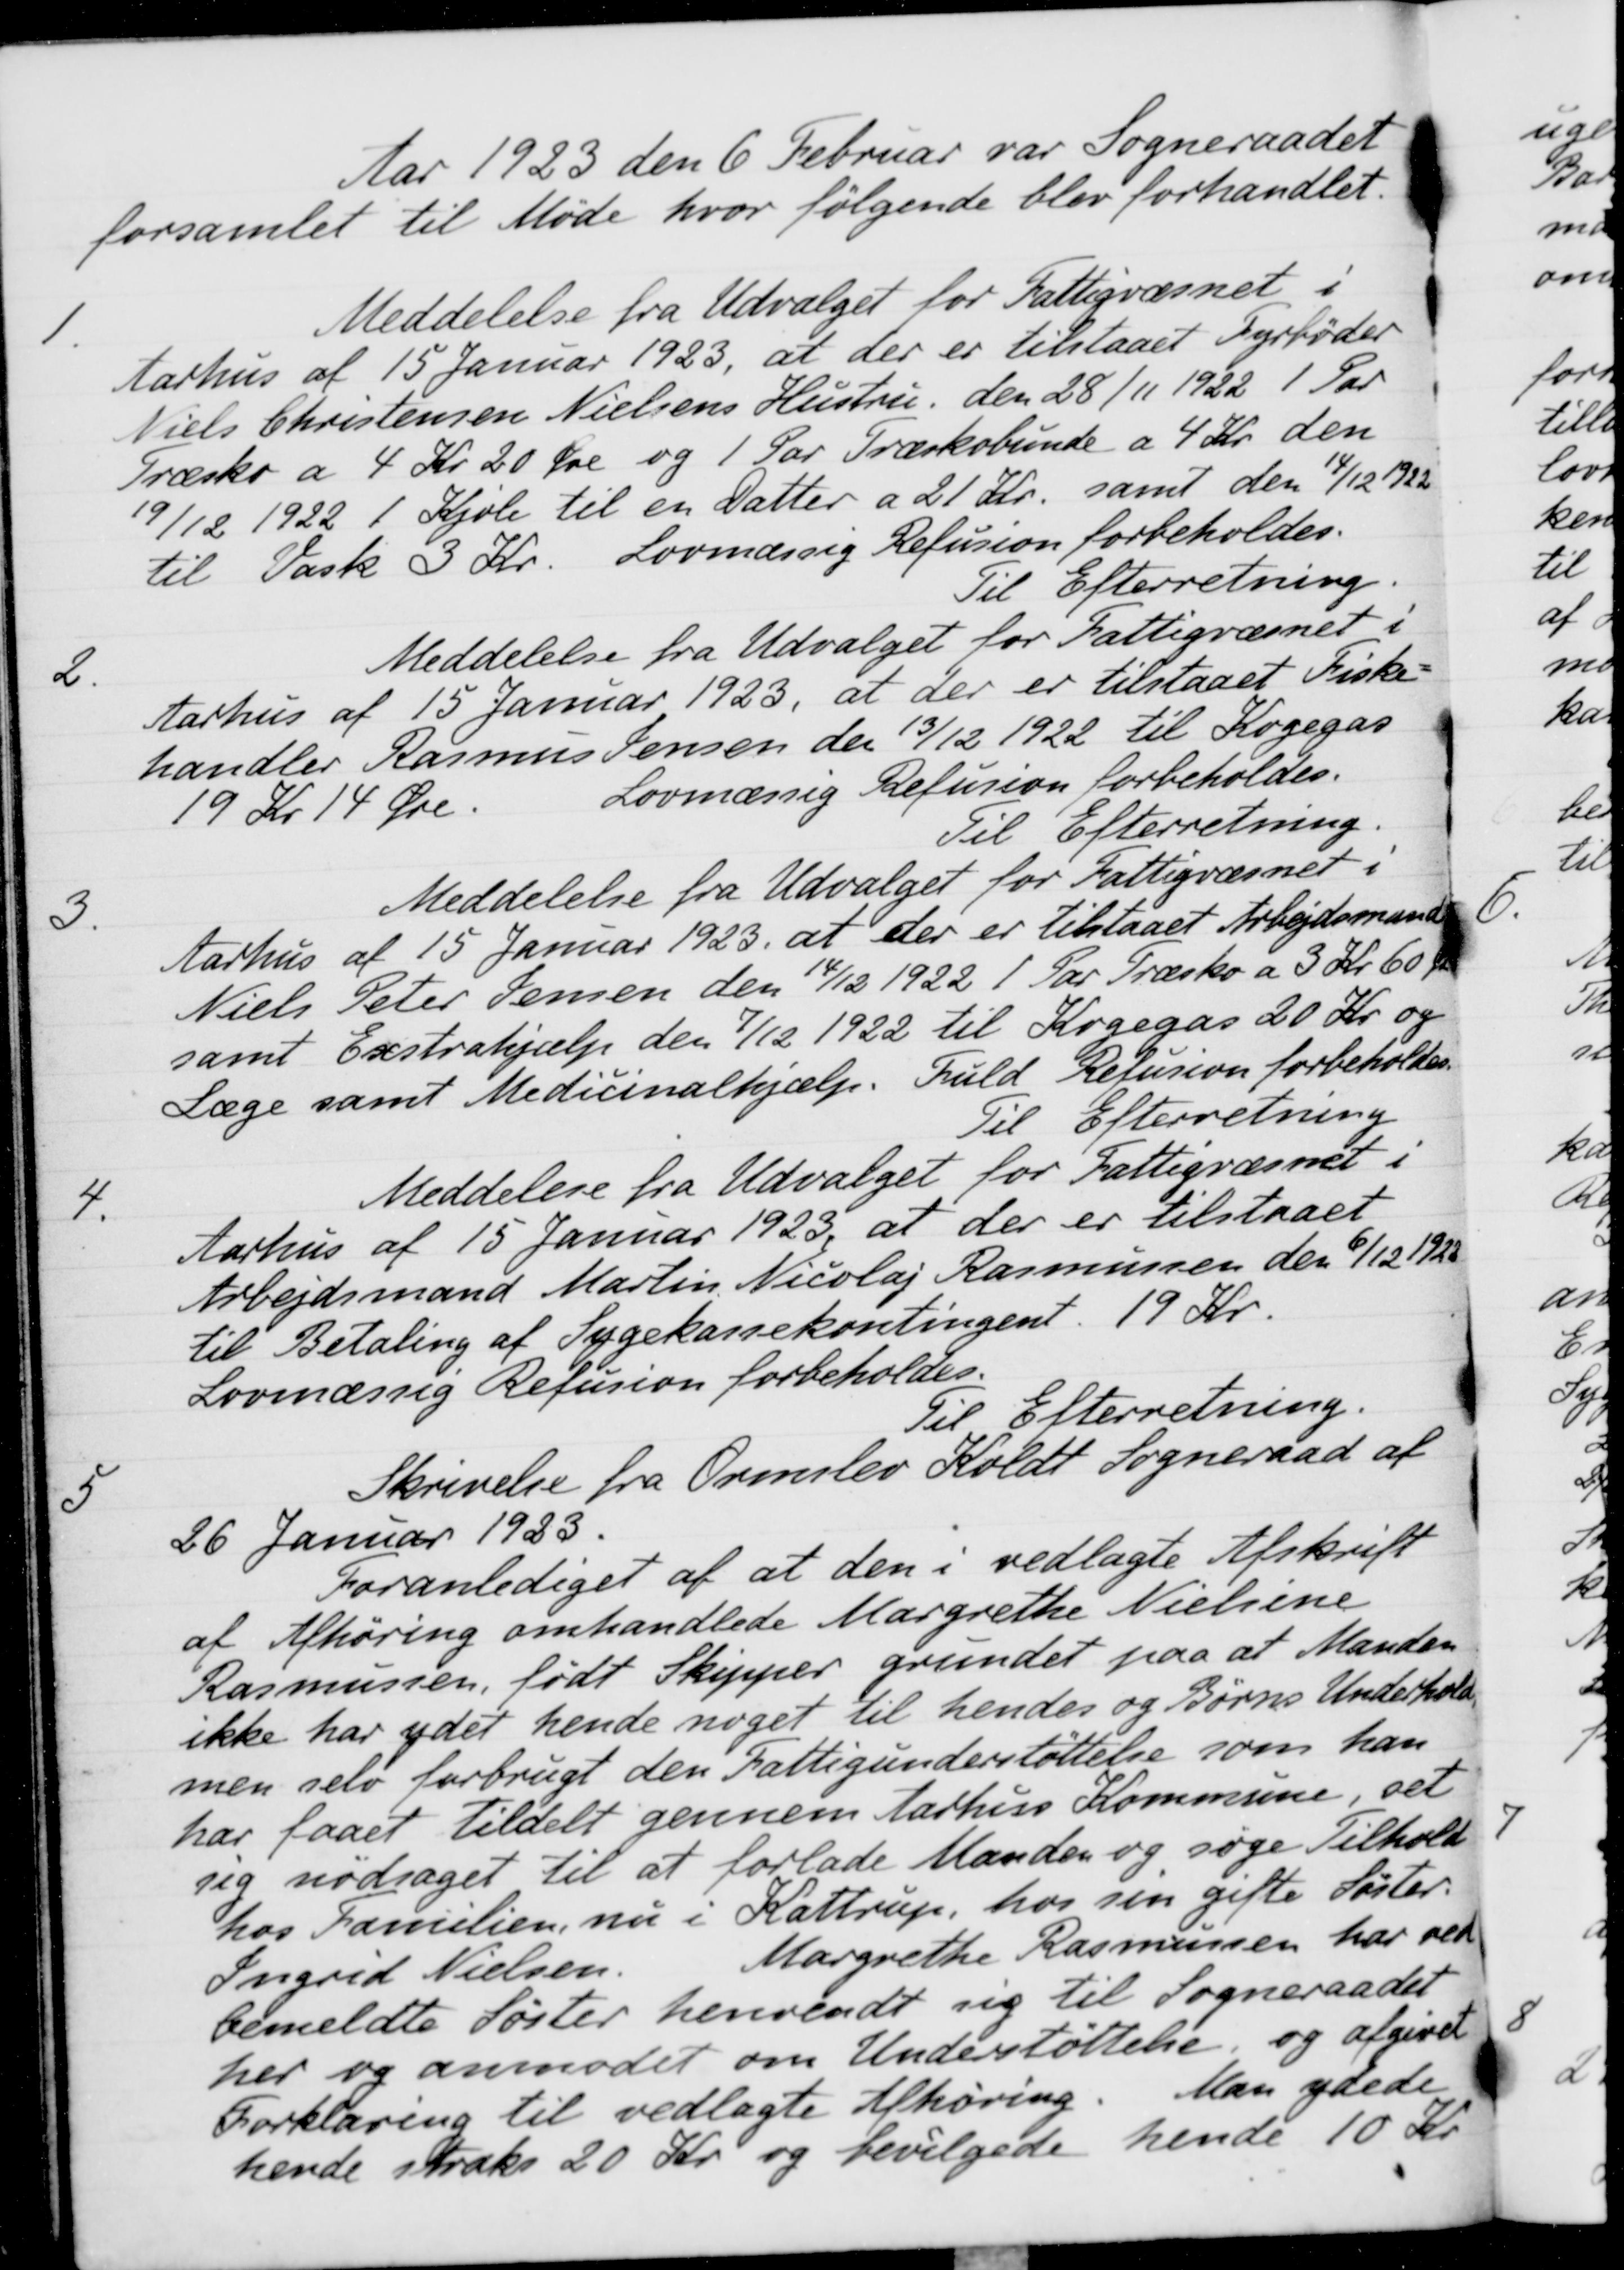
Transskription:
Aar 1923 den 6 Februar var Sogneraadet
forsamlet til Møde hvor følgende blev forhandlet.
1
Meddelelse fra Udvalget for Fattigvæsnet i
Aarhus af 15 Januar 1923, at der er tilstaaet Fyrbøder
Niels Christensen Nielsens Hustru, den 28/11 1922 1 Par
Græsko a 4 Kr. 20 Øre og 1 Par Træskobunde a 4 Kr. den
19/12 1922 1 Kjole til en Datter a 21 Kr. samt den 14/12 1922
til Vask 3 Kr. Lovmæssig Refusion forbeholdes.
Til Efterretning.
2.
Meddelelse fra Udvalget for Fattigvæsnet i
Aarhus af 15 Januar 1923, at der er tilstaaet Fiske-
handler Rasmus Jensen den 13/12 1922 til Kogegas
19 Kr 14 Øre.
Lovmæssig Refusion forbeholdes.
Til Efterretning
3.
Meddelelse fra Udvalget for Fattigvæsnet i
Aarhus af 15 Januar 1923 at der er tilstaaet Arbejdsmand
Niels Peter Jensen den 14/12 1922 1 Par Træsko a 3 Kr 60 Øre
samt Exstrahjælp den 7/12 1922 til Kogegas 20 Kr. og
Læge samt Medicinalhjælp
Fuld Refusion forbeholdes.
Til Efterretning
4.
Meddelelse fra Udvalget for Fattigvæsnet i
Aarhus af 15 Januar 1923, at der er tilstaaet
Arbejdsmand Martin Nicolaj Rasmussen den 6/12 1925
til Betaling af Sygekassekontingent. 19 Kr.
Lovmæssig Refusion forbeholdes.
Til Efterretning.
5
Skrivelse fra Ormslev Koldt Sogneraad af
26 Januar 1933.
Foranlediget af at den i vedlagte Afskrift
af Afhøring omhandlede Margrethe Nielsine
Rasmussen, født Skipper grundet paa at Manden
ikke har ydet hende noget til hendes og Børns Underhold
men selv forbrugt den Fattigunderstøttelse som han
har faaet tildelt gennem Aarhus Kommune, set
sig nødsaget til at forlade Manden og søge Tilhold
hos Familien, nu i Kattrup, hos sin gifte Søster
Ingrid Nielsen
Margrethe Rasmussen har ved
bemeldte Søster henvendt sig til Sogneraadet
her og anmodet om Understøttelse, og afgivet
Forklaring til vedlagte Afhøring. Man ydede
hende straks 20 Kr. og bevilgede hende 10 Kr.